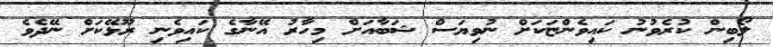
ލޯބިން ކުރެވުނު ކައިވެންޏަކަށް ނުވިޔަސް ޝަބާއަށް މިހާރު އޭނާގެ ކައިވެނި ރޫޅޭކަށް ނޭދެވެ